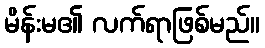
မိန်းမ၏ လက်ရာဖြစ်မည်။